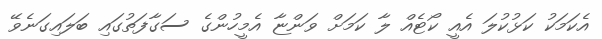
އެކަމަކު ކަޅުކުލަ އެއީ ކޯޓެއް ލާ ކަމަށް ވަންޏާ އެމީހުންގެ ސަގާފަތުގައި ބަލައިގަނެވޭ